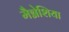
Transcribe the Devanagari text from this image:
मैग्नेशिया